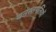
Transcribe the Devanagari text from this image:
वनस्तपतियों